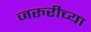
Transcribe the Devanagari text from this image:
जरुरीच्या